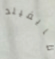
مايفيلد